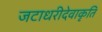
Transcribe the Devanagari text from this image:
जटाधरीदेवाकृति